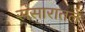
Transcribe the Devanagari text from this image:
संसारातले